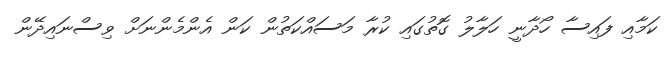
ކަމާއި ފައިސާ ހޯދާނީ ހަލާލު ގޮތުގައި ކުރާ މަސައްކަތުން ކަން އެންމެންނަށް ވިސްނައިދޭން